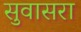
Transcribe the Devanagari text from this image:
सुवासरा